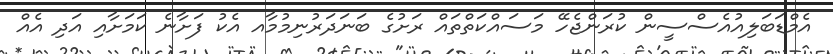
އެމްޑަބަލިއުއެސްސީން ކުރަންޖެހޭ މަސައްކަތްތައް ރަށުގެ ބަނަދަރުނިމުމާއ އެކު ފަށާނެ ކަމަށާއި އަދި އެއް